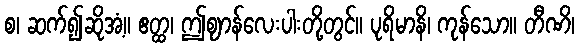
စ၊ ဆက်၍ဆိုအံ့။ ဧတ္ထ၊ ဤဈာန်လေးပါးတို့တွင်။ ပုရိမာနိ၊ ကုန်သော။ တီဏိ၊